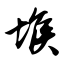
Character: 堠